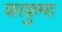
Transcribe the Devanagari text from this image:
काकुमा